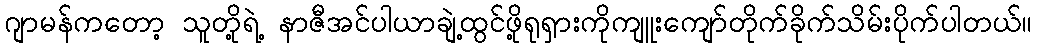
ဂျာမန်ကတော့ သူတို့ရဲ့ နာဇီအင်ပါယာချဲ့ထွင်ဖို့ရုရှားကိုကျူးကျော်တိုက်ခိုက်သိမ်းပိုက်ပါတယ်။